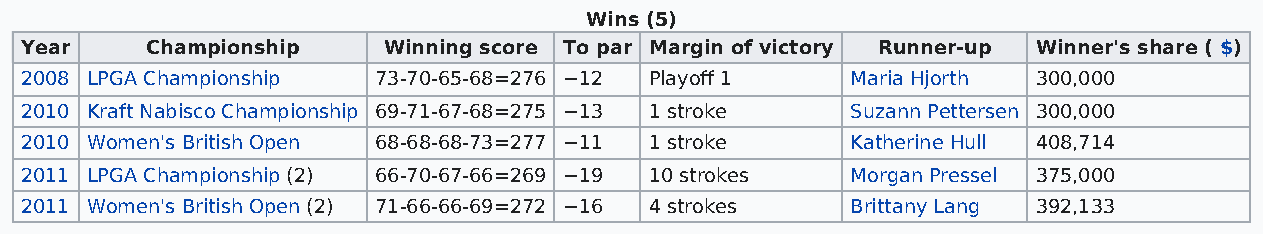
Wins (5)
 Year     Championship   Winning score To par Margin of victory Runner-up Winner's share ( $)
 2008 LPGA Championship  73-70-65-68=276 −12 Playoff 1  Maria Hjorth 300,000
 2010 Kraft Nabisco Championship 69-71-67-68=275 −13 1 stroke Suzann Pettersen 300,000
 2010 Women's British Open 68-68-68-73=277 −11 1 stroke Katherine Hull 408,714
 2011 LPGA Championship (2) 66-70-67-66=269 −19 10 strokes Morgan Pressel 375,000
 2011 Women's British Open (2) 71-66-66-69=272 −16 4 strokes Brittany Lang 392,133